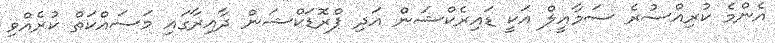
އެންމެ ކުރިއްސުރެ ސަމާއީލް އަކީ ޑައިރެކްޝަން އަދި ޕްރޮޑަކްޝަން ދާއިރާގައި މަސައްކަތް ކުރެއްވި